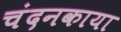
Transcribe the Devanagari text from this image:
चंदनकाया